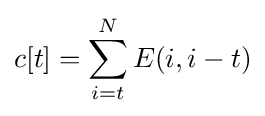
c[t]=\sum _{i=t}^{N}E(i,i-t)